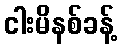
ငါးမိနစ်ခန့်